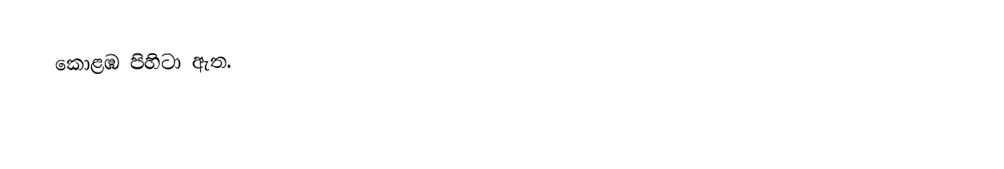
කොළඹ පිහිටා ඇත.